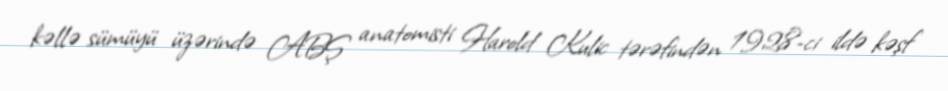
kəllə sümüyü üzərində ABŞ anatomisti Harold Kulic tərəfindən 1928-ci ildə kəşf